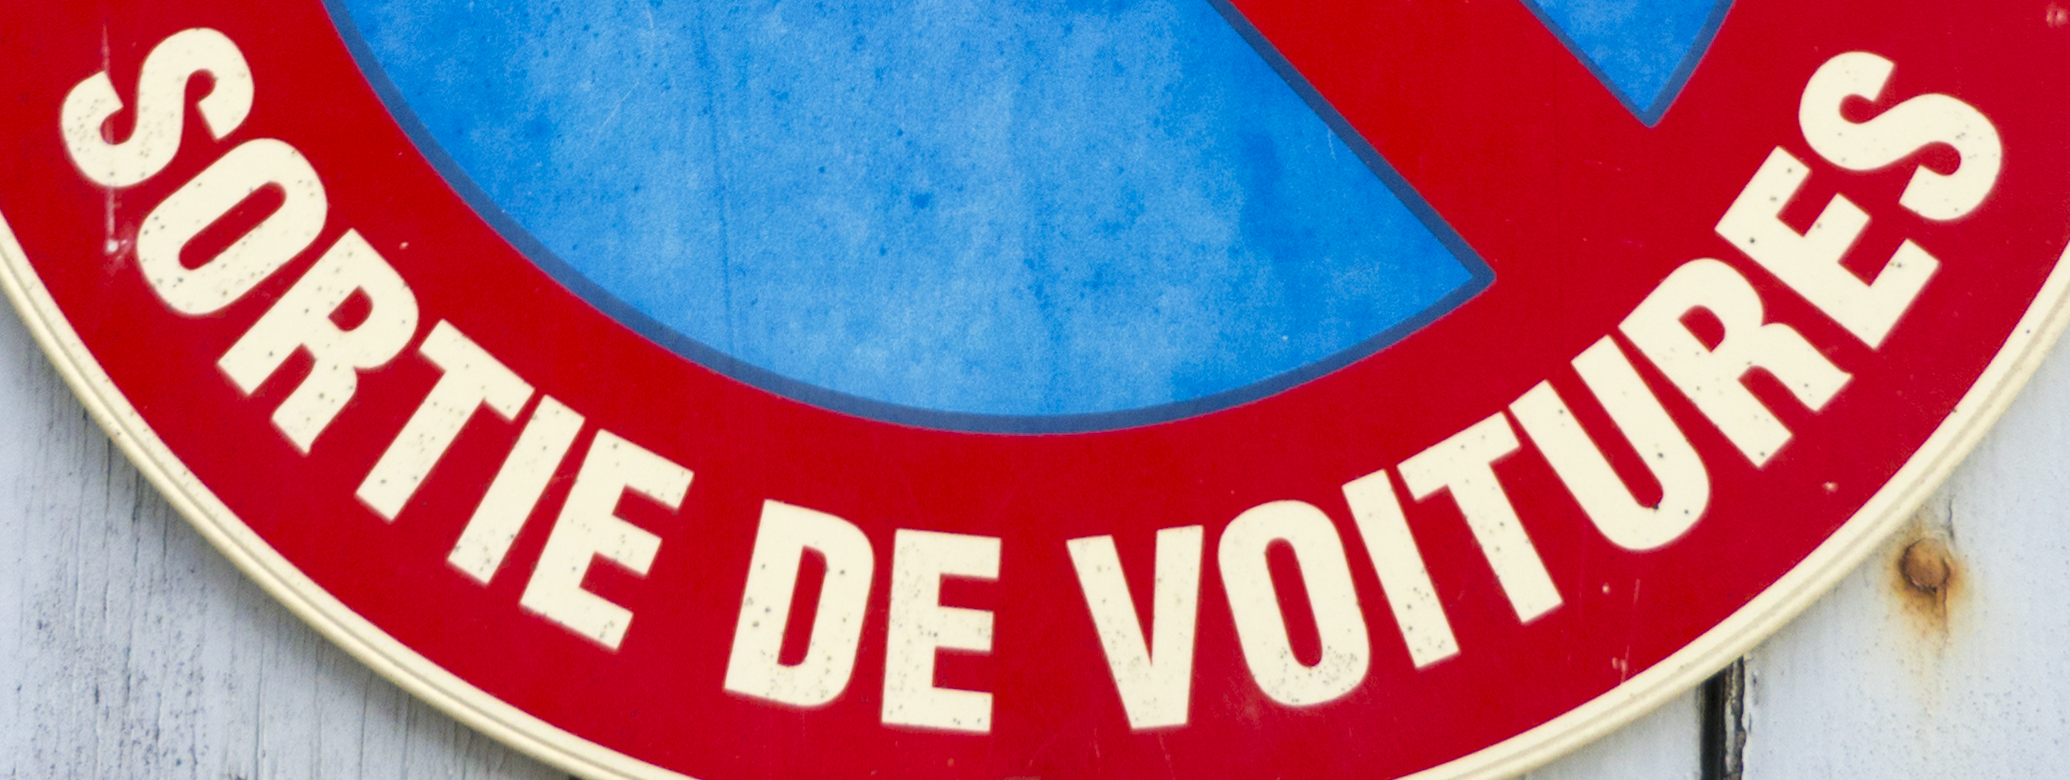
SORTIE DE VOITURES